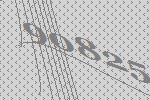
90825